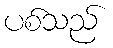
ပစ်သည်